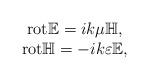
LaTeX: \begin{align*}\begin{array}{ccc}{\rm rot}\mathbb{E} = i k \mu \mathbb{H}, \\{\rm rot}\mathbb{H} = -i k \varepsilon \mathbb{E},\end{array}\end{align*}